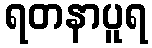
ရတနာပူရ